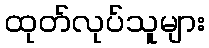
ထုတ်လုပ်သူများ